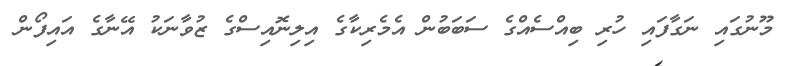
މޫނުގައި ނަގާފައި ހުރި ބިއްސެއްގެ ސަބަބުން އެމެރިކާގެ އިލިނޮއިސްގެ ޒުވާނަކު އޭނާގެ އައިފޯން